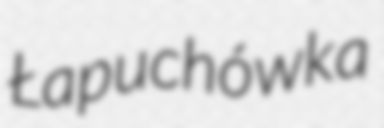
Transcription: Łapuchówka